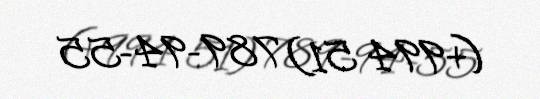
(+994 51) 789-94-55